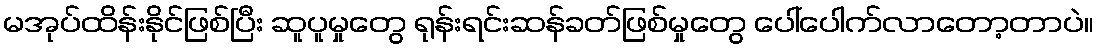
မအုပ်ထိန်းနိုင်ဖြစ်ပြီး ဆူပူမှုတွေ ရုန်းရင်းဆန်ခတ်ဖြစ်မှုတွေ ပေါ်ပေါက်လာတော့တာပဲ။